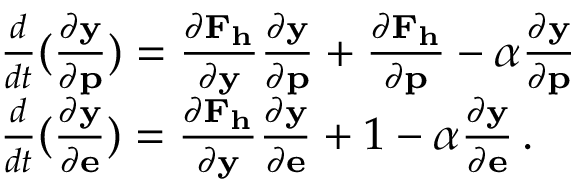
\begin{array} { r l } & { \frac { d } { d t } ( \frac { \partial \mathbf { y } } { \partial \mathbf { p } } ) = \frac { \partial \mathbf { F } _ { \mathbf { h } } } { \partial \mathbf { y } } \frac { \partial \mathbf { y } } { \partial \mathbf { p } } + \frac { \partial \mathbf { F } _ { \mathbf { h } } } { \partial \mathbf { p } } - \alpha \frac { \partial \mathbf { y } } { \partial \mathbf { p } } } \\ & { \frac { d } { d t } ( \frac { \partial \mathbf { y } } { \partial \mathbf { e } } ) = \frac { \partial \mathbf { F } _ { \mathbf { h } } } { \partial \mathbf { y } } \frac { \partial \mathbf { y } } { \partial \mathbf { e } } + 1 - \alpha \frac { \partial \mathbf { y } } { \partial \mathbf { e } } \, . } \end{array}